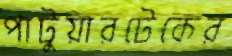
পাটুয়ারটেকের